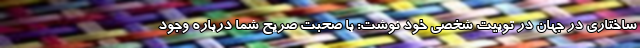
ساختاری در جهان در توییت شخصی خود نوشت: با صحبت صريح شما درباره وجود